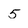
Character: 5